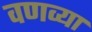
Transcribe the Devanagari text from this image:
वणव्या